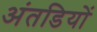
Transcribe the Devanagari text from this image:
अंतडियों